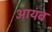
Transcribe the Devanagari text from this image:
आयब